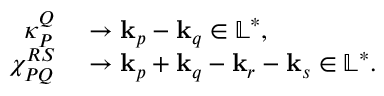
\begin{array} { r l } { \kappa _ { P } ^ { Q } } & { { } \rightarrow \mathbf { k } _ { p } - \mathbf { k } _ { q } \in \mathbb { L } ^ { * } , } \\ { \chi _ { P Q } ^ { R S } } & { { } \rightarrow \mathbf { k } _ { p } + \mathbf { k } _ { q } - \mathbf { k } _ { r } - \mathbf { k } _ { s } \in \mathbb { L } ^ { * } . } \end{array}